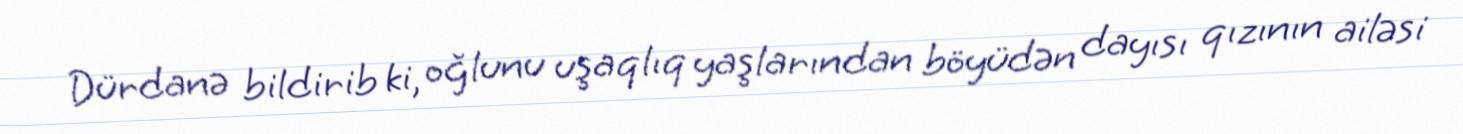
Dürdanə bildirib ki, oğlunu uşaqlıq yaşlarından böyüdən dayısı qızının ailəsi